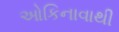
ઓકિનાવાથી